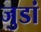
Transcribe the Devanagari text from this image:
जुडां